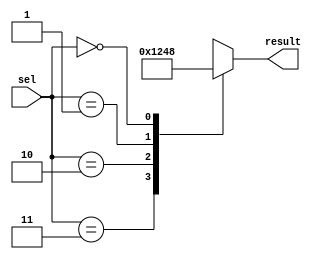
module priority_case_example (
    input wire [1:0] sel,
    output reg [3:0] result
);

always @(*)
begin
    case(sel)
        2'b11: result = 4'b0001; // highest priority condition
        2'b10: result = 4'b0010; // second highest priority condition
        2'b01: result = 4'b0100; // third highest priority condition
        2'b00: result = 4'b1000; // lowest priority condition
    endcase
end

endmodule